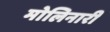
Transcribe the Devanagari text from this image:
मोलिनारी